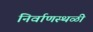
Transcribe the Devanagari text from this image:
निर्वाणस्थळी